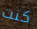
كنت